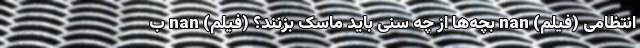
انتظامی (فیلم) nan بچه‌ها از چه سنی باید ماسک بزنند؟ (فیلم) nan ب